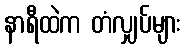
နာရီထဲက တံလျှပ်များ